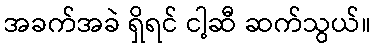
အခက်အခဲ ရှိရင် ငါ့ဆီ ဆက်သွယ်။